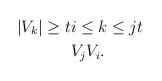
LaTeX: \begin{align*} |V_k| \geq t & i \leq k \leq j t \\& V_j V_i. \end{align*}